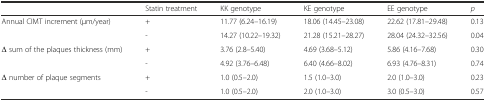
|  | Statin treatment | KK genotype | KE genotype | EE genotype | p |
 | --- | --- | --- | --- | --- | --- |
 | <ROWSPAN=2> Annual CIMT increment (μm/year) | + | 11.77 (6.24–16.19) | 18.06 (14.45–23.08) | 22.62 (17.81–29.48) | 0.13 |
 | - | 14.27 (10.22–19.32) | 21.28 (15.21–28.27) | 28.04 (24.32–32.56) | 0.04 |
 | <ROWSPAN=2> Δ sum of the plaques thickness (mm) | + | 3.76 (2.8–5.40) | 4.69 (3.68–5.12) | 5.86 (4.16–7.68) | 0.30 |
 | - | 4.92 (3.76–6.48) | 6.40 (4.66–8.02) | 6.93 (4.76–8.31) | 0.74 |
 | <ROWSPAN=2> Δ number of plaque segments | + | 1.0 (0.5–2.0) | 1.5 (1.0–3.0) | 2.0 (1.0–3.0) | 0.23 |
 | - | 1.0 (0.5–2.0) | 2.0 (1.0–3.0) | 3.0 (0.5–3.0) | 0.57 |